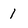
Character: 1